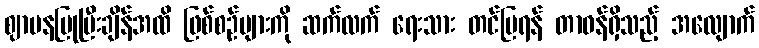
ဈာပနပြုပြီးချိန်အထိ ဖြစ်စဉ်များကို ဆက်လက် ရေးသား တင်ပြရန် တာဝန်ရှိသည့် အလျောက်